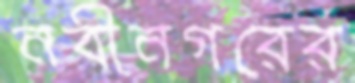
নবীনগরের